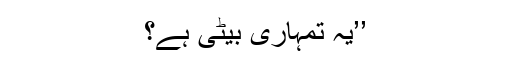
’’یہ تمہاری بیٹی ہے؟